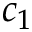
c _ { 1 }